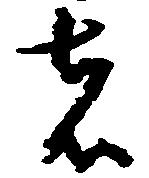
者